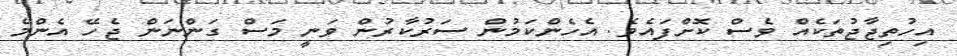
އިހުތިޖާޖުތަކެއް ވެސް ކޮށްފައެވެ. އެހެންކަމުން ސަރުކާރުން ވަނީ މަސް ގަންނަން ޖެހޭ އެންމެ